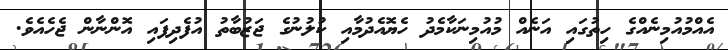
އެއްމުއުމިނެއްގެ ހިތުގައި އަނެއް މުއުމިނަކާމެދު ހެޔޮއެދުމާއި ކުލުނުގެ ޖަޒުބާތު އުފެދިފައި އޮންނާން ޖެހެއެވެ.